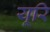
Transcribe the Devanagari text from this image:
यूरि